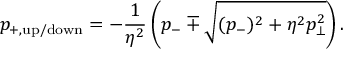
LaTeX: p _ { + , \mathrm { u p / d o w n } } = - \frac { 1 } { \eta ^ { 2 } } \left( p _ { - } \mp \sqrt { ( p _ { - } ) ^ { 2 } + \eta ^ { 2 } p _ { \bot } ^ { 2 } } \right) .